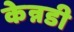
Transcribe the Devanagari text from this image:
केन्नडी